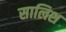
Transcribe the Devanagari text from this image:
सालिश